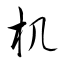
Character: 机